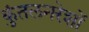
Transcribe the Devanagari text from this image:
कुंतलनरेशों